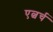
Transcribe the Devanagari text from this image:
एल्चर्च